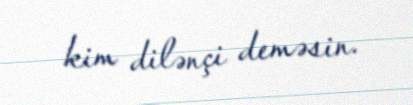
kim dilənçi deməsin.